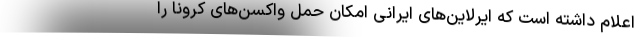
اعلام داشته است که ایرلاین‌های ایرانی امکان حمل واکسن‌های کرونا را